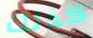
كذلك